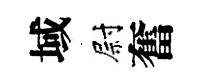
域尉奮